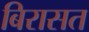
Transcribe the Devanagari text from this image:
बिरासत